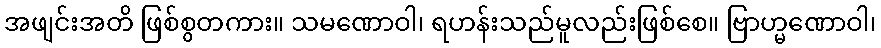
အဖျင်းအတိ ဖြစ်စွတကား။ သမဏောဝါ၊ ရဟန်းသည်မူလည်းဖြစ်စေ။ ဗြာဟ္မဏောဝါ၊